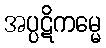
အပ္ပဋိကမ္မေ